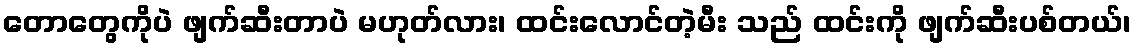
တောတွေကိုပဲ ဖျက်ဆီးတာပဲ မဟုတ်လား၊ ထင်းလောင်တဲ့မီး သည် ထင်းကို ဖျက်ဆီးပစ်တယ်၊